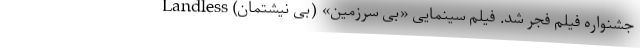
جشنواره فیلم فجر شد. فیلم سینمایی «بی سرزمین» (بی نیشتمان) Landless